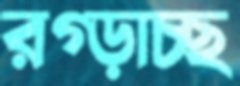
রগ্‌ড়াচ্ছ